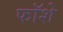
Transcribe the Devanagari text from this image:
फॉशे